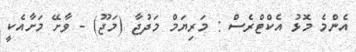
އެންމެ މޮޅު އެކްޓްރެސް : މަރިޔަމް މަދުޖާ (މަޖޫ) - ވާށޭ މަށާއެކީ